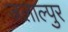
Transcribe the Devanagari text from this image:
जलाल्पुर